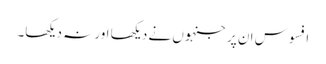
افسوس ان پر جنہوں نے دیکھا اور نہ دیکھا۔